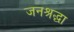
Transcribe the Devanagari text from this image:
जनश्रद्धा